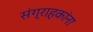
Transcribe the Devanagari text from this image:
संग्राहकांना